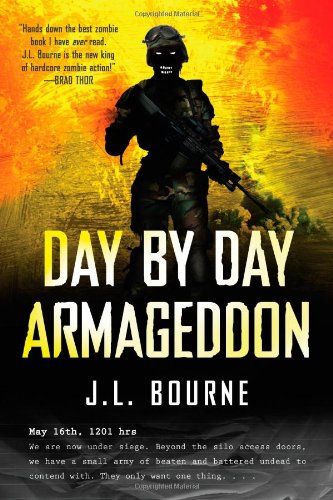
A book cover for Day by Day Armageddon; J. L. Bourne; Mystery, Thriller & Suspense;